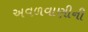
અવળવાણીની